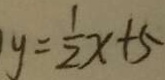
y = \frac { 1 } { 2 } x + 5